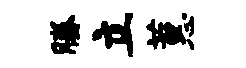
腾立蕙